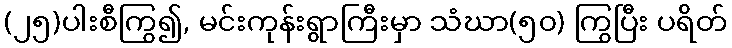
(၂၅)ပါးစီကြွ၍, မင်းကုန်းရွာကြီးမှာ သံဃာ(၅၀) ကြွပြီး ပရိတ်